King Institute of Preventive Medicine Bacteriolog. Section reports 1907-08
Year: 1907
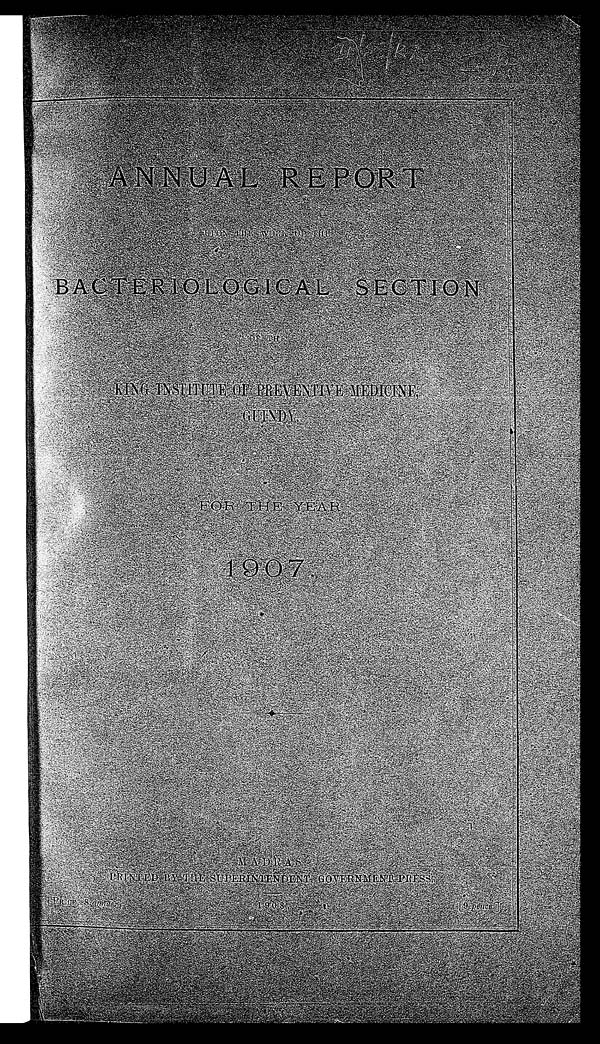
I P / S R L / I P
ANNUL REPORT
UPON THE WORK OF THE
BACTERIOLOGICAL SECTION
OF THE
KING INSTITUTE OF PREVENTIVE MEDICINE,GUINDY.
FOR THE YEAR
1907. MADRAS PRINTED BY THE SUPERINTENDENT GOVERNMENT PRESS.
1908. [PRICE,8 annas]
[ 9 p e n c e . ]